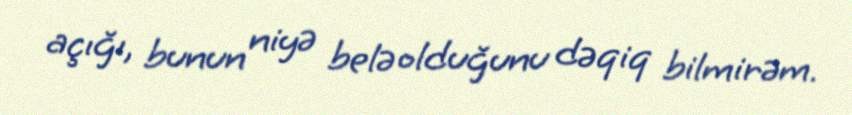
açığı, bunun niyə belə olduğunu dəqiq bilmirəm.